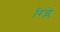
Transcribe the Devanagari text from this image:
रिंग्ले